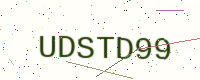
Text: UDSTD99